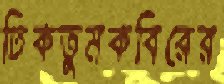
ঢিকতুমকবিরের